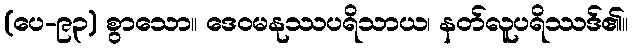
(ပေ-၉၃) စွာသော။ ဒေဝမနုဿပရိသာယ၊ နတ်လူပရိဿဒ်၏။